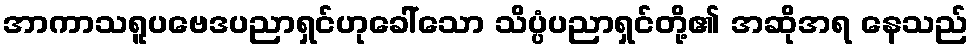
အာကာသရူပဗေဒပညာရှင်ဟုခေါ်သော သိပ္ပံပညာရှင်တို့၏ အဆိုအရ နေသည်